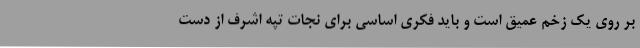
بر روی یک زخم عمیق است و باید فکری اساسی برای نجات تپه اشرف از دست